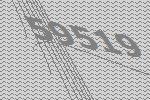
59519